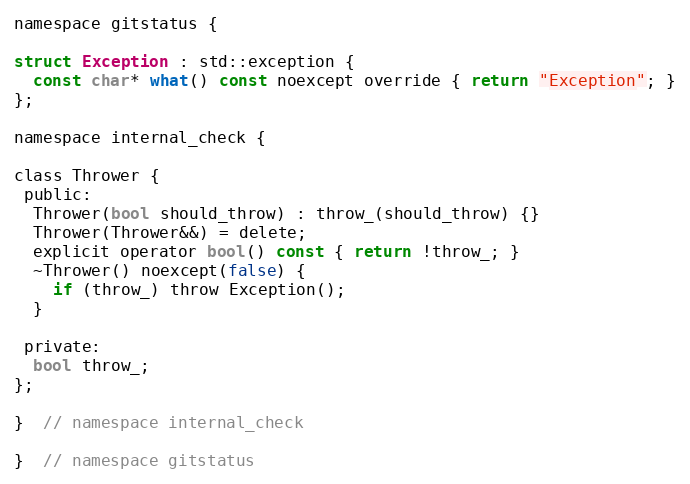
Language: C
namespace gitstatus {

struct Exception : std::exception {
  const char* what() const noexcept override { return "Exception"; }
};

namespace internal_check {

class Thrower {
 public:
  Thrower(bool should_throw) : throw_(should_throw) {}
  Thrower(Thrower&&) = delete;
  explicit operator bool() const { return !throw_; }
  ~Thrower() noexcept(false) {
    if (throw_) throw Exception();
  }

 private:
  bool throw_;
};

}  // namespace internal_check

}  // namespace gitstatus